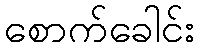
စောက်ခေါင်း